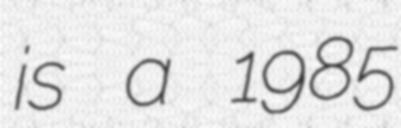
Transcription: is a 1985